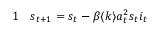
\begin{array} { r l } { { 1 } } & { { } s _ { t + 1 } = s _ { t } - \beta \langle k \rangle a _ { t } ^ { 2 } s _ { t } i _ { t } } \end{array}